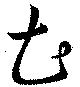
土